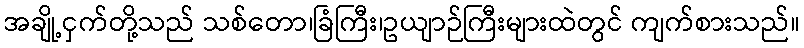
အချို့ငှက်တို့သည် သစ်တော၊ခြံကြီး၊ဥယျာဉ်ကြီးများထဲတွင် ကျက်စားသည်။